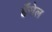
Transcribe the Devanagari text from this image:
हँसेल